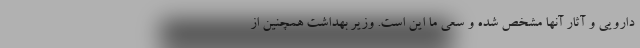
دارویی و آثار آنها مشخص شده و سعی ما این است. وزیر بهداشت همچنین از